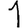
Digit: 1